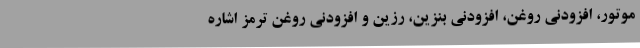
موتور، افزودنی روغن، افزودنی بنزین، رزین و افزودنی روغن ترمز اشاره